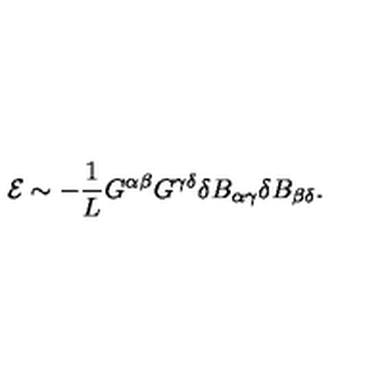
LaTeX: { \cal E } \sim - \frac { 1 } { L } G ^ { \alpha \beta } G ^ { \gamma \delta } \delta B _ { \alpha \gamma } \delta B _ { \beta \delta } .